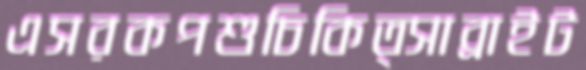
এসরকপশুচিকিত্সাব্রাইট